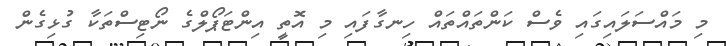
މި މައްސަލައިގައި ވެސް ކަންތައްތައް ހިނގާފައި މި އޮތީ އިންޓަޕޯލްގެ ނޯޓިސްތަކާ ގުޅިގެން